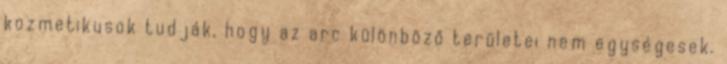
kozmetikusok tudják, hogy az arc különböző területei nem egységesek.